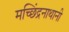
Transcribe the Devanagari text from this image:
मच्छिंद्रनाथानी